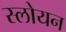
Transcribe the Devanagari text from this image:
स्लोयन